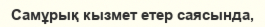
Самұрық кызмет етер саясында,